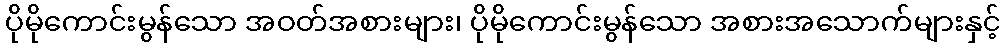
ပိုမိုကောင်းမွန်သော အဝတ်အစားများ၊ ပိုမိုကောင်းမွန်သော အစားအသောက်များနှင့်